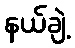
နယ်ချဲ့